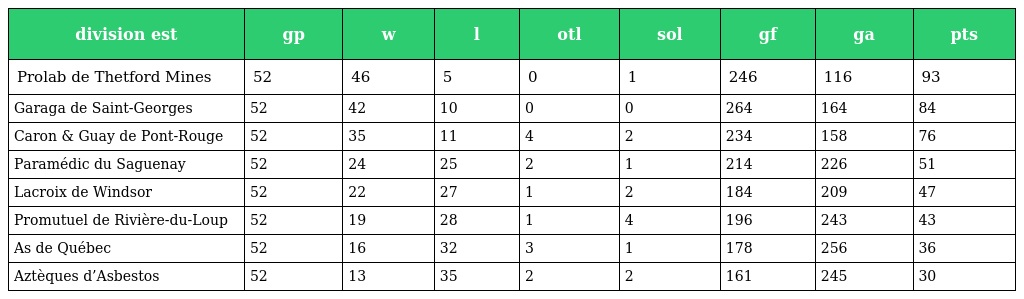
| division est | gp | w | l | otl | sol | gf | ga | pts |
 | --- | --- | --- | --- | --- | --- | --- | --- | --- |
 | Prolab de Thetford Mines | 52 | 46 | 5 | 0 | 1 | 246 | 116 | 93 |
 | Garaga de Saint-Georges | 52 | 42 | 10 | 0 | 0 | 264 | 164 | 84 |
 | Caron & Guay de Pont-Rouge | 52 | 35 | 11 | 4 | 2 | 234 | 158 | 76 |
 | Paramédic du Saguenay | 52 | 24 | 25 | 2 | 1 | 214 | 226 | 51 |
 | Lacroix de Windsor | 52 | 22 | 27 | 1 | 2 | 184 | 209 | 47 |
 | Promutuel de Rivière-du-Loup | 52 | 19 | 28 | 1 | 4 | 196 | 243 | 43 |
 | As de Québec | 52 | 16 | 32 | 3 | 1 | 178 | 256 | 36 |
 | Aztèques d’Asbestos | 52 | 13 | 35 | 2 | 2 | 161 | 245 | 30 |